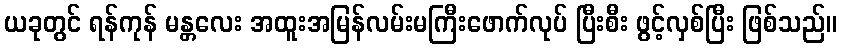
ယခုတွင် ရန်ကုန် မန္တလေး အထူးအမြန်လမ်းမကြီးဖောက်လုပ် ပြီးစီး ဖွင့်လှစ်ပြီး ဖြစ်သည်။